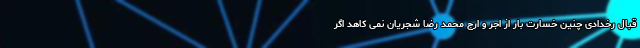
قبال رخدادی چنین خسارت بار از اجر و ارج محمد رضا شجریان نمی کاهد اگر